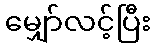
မျှော်လင့်ပြီး